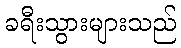
ခရီးသွားများသည်